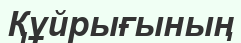
Құйрығының